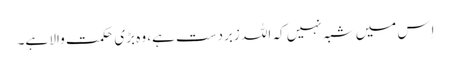
اِس میں شبہ نہیں کہ اللہ زبردست ہے، وہ بڑی حکمت والا ہے۔